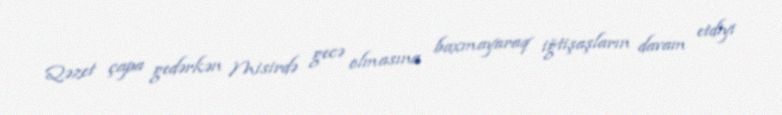
Qəzet çapa gedərkən Misirdə gecə olmasına baxmayaraq iğtişaşların davam etdiyi